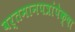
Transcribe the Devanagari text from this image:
वर्तमानपत्रांपेक्षा